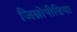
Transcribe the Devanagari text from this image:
जिम्नोपीडिया